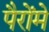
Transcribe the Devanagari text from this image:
पैरोंमें